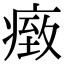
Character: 𤸓